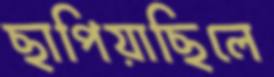
ছাপিয়াছিলে